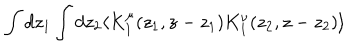
LaTeX: \int d z _ { 1 } \int d z _ { 2 } \langle K _ { 1 } ^ { \mu } ( z _ { 1 } , z - z _ { 1 } ) K _ { 1 } ^ { \nu } ( z _ { 2 } , z - z _ { 2 } ) \rangle